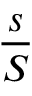
\frac { s } { S }